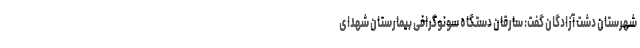
شهرستان دشت آزادگان گفت: سارقان دستگاه سونوگرافی بیمارستان شهدای